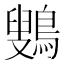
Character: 𱈷